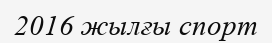
2016 жылғы спорт